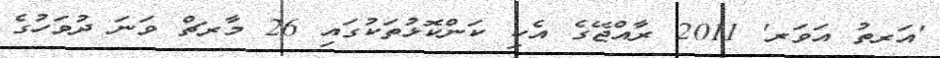
'އަރތު އަވަރ' 2011 ރާއްޖޭގެ އެކި ކަންކޮޅުތަކުގައި 26 މާރޗް ވަނަ ދުވަހުގެ